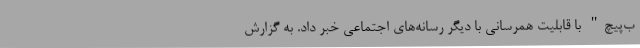
ب‌پیچ" با قابلیت همرسانی با دیگر رسانه‌های اجتماعی خبر داد. به گزارش